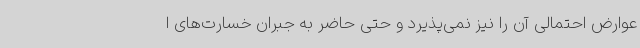
عوارض احتمالی آن را نیز نمی‌پذیرد و حتی حاضر به جبران خسارت‌های ا